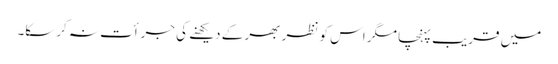
میں قریب پہنچا مگر اس کو نظر بھر کے دیکھنے کی جرأت نہ کرسکا۔